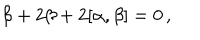
LaTeX: \dot { \beta } + 2 \beta + 2 [ \alpha , \beta ] = 0 \, ,